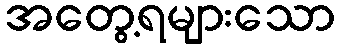
အတွေ့ရများသော